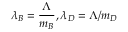
\lambda _ { B } = \frac \Lambda { m _ { B } } , \lambda _ { D } = \Lambda / m _ { D }